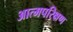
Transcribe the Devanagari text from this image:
आत्मपरिक्षण